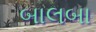
બાલબા